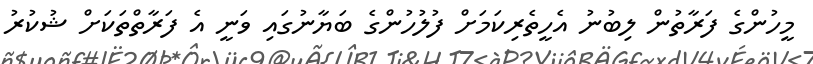
މީހުންގެ ފަރާތުން ލިބުނު އެހީތެރިކަމަށް ފުލުހުންގެ ބަޔާނުގައި ވަނީ އެ ފަރާތްތަކަށް ޝުކުރު